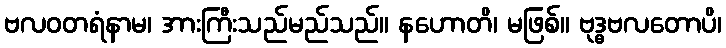
ဗလဝတရံနာမ၊ အားကြီးသည်မည်သည်။ နဟောတိ၊ မဖြစ်။ ဗုဒ္ဓဗလတောပိ၊